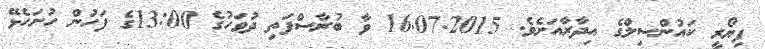
ފިޔޯރީ ކައުންސިލްގެ އިދާރާއަށެވެ. 16.07.2015 ވާ ބުރާސްފަތި ދުވަހުގެ 13:00ގެ ފަހުން ހުށަހެޅޭ